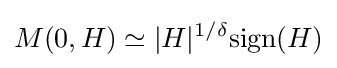
M(0,H)\simeq |H|^{1/\delta }\mathrm {sign} (H)